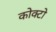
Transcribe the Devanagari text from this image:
कोक्टो